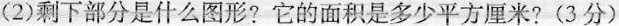
(2)剩下部分是什么图形？它的面积是多少平方厘米？(3分)